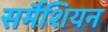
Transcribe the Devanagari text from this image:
सर्मॅशियन